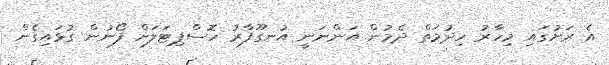
އެ ރަށުގައި މިހާރު ހިދުމަތް ދެމުން އަންނަނީ އުނގޫފާރު ހޮސްޕިޓަލަށް ފޯނުން ގުޅައިގެން